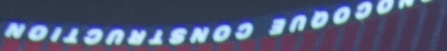
OCOOUE CONSTRUCTION